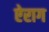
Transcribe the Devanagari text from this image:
ऐराग